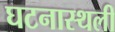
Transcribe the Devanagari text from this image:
घटनास्थली